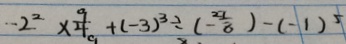
- 2 ^ { 2 } \times \frac { 9 } { 4 } + ( - 3 ) ^ { 3 } \div ( - \frac { 2 7 } { 8 } ) - ( - 1 ) ^ { 5 }